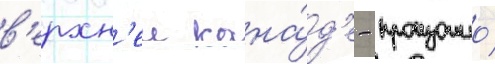
в'ерхн'еи кана́д'е - произошло́